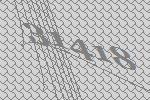
31418